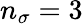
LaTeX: n_{\sigma}=3